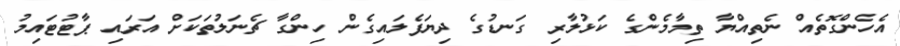
އެހެންގޮތެއް ނެތިއްޔާ ތިމާމެންގެ ކަޅުލާރި ގަނޑުގެ ދިޔަފެލައިގެން ހިންގާ ޗެނަލުތަކަށް އަރައި ޕާޓުޓައިމު